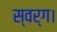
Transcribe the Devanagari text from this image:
स्वर्ग।